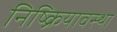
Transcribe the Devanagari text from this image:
निष्क्रियावस्था